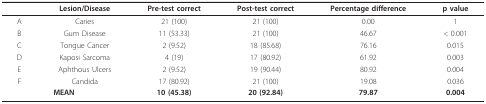
<table><thead><tr><td></td><td><b>Lesion/Disease</b></td><td><b>Pre-test correct</b></td><td><b>Post-test correct</b></td><td><b>Percentage difference</b></td><td><b>p value</b></td></tr></thead><tbody><tr><td>A</td><td>Caries</td><td>21 (100)</td><td>21 (100)</td><td>0.00</td><td>1</td></tr><tr><td>B</td><td>Gum Disease</td><td>11 (53.33)</td><td>21 (100)</td><td>46.67</td><td>&lt; 0.001</td></tr><tr><td>C</td><td>Tongue Cancer</td><td>2 (9.52)</td><td>18 (85.68)</td><td>76.16</td><td>0.015</td></tr><tr><td>D</td><td>Kaposi Sarcoma</td><td>4 (19)</td><td>17 (80.92)</td><td>61.92</td><td>0.003</td></tr><tr><td>E</td><td>Aphthous Ulcers</td><td>2 (9.52)</td><td>19 (90.44)</td><td>80.92</td><td>0.004</td></tr><tr><td>F</td><td>Candida</td><td>17 (80.92)</td><td>21 (100)</td><td>19.08</td><td>0.036</td></tr><tr><td colspan="2"><b>MEAN</b></td><td><b>10(45.38)</b></td><td><b>20(92.84)</b></td><td><b>79.87</b></td><td><b>0.004</b></td></tr></tbody></table>